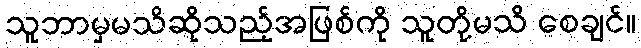
သူဘာမှမသိဆိုသည့်အဖြစ်ကို သူတို့မသိ စေချင်။